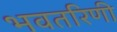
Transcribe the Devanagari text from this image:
भवतरिणी